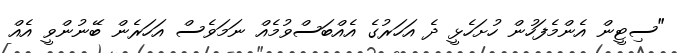
"ސިޓީން އެންމެފަހުން ހުށަހެޅީ ދެ އަހަރުގެ އެއްބަސްވުމެއް ނަމަވެސް އަހަރެން ބޭނުންވީ އެއް